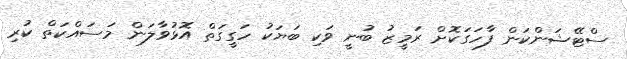
ސްޓޭޝަންކަން ފާހަގަކޮށް ރަމީޒު ބުނީ ވަކި ބަޔަކު ހަގީގަތް އޮޅުވާލަން މަސައްކަތް ކުރި